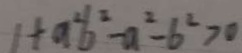
1 + a ^ { 2 } b ^ { 2 } - a ^ { 2 } - b ^ { 2 } > 0